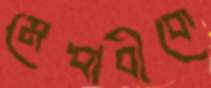
মেধাবীকে